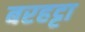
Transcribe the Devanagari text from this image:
बरहट्टा